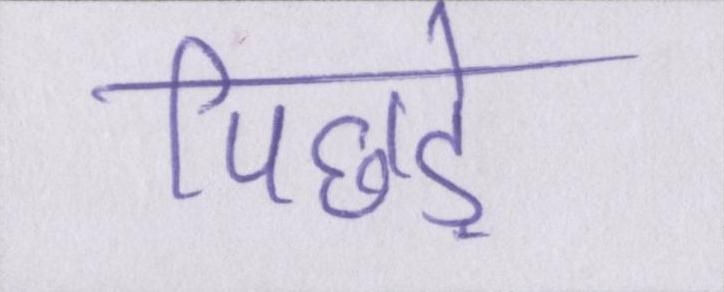
पिछड़े